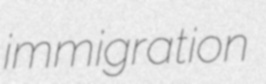
immigration